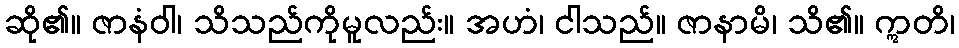
ဆို၏။ ဇာနံဝါ၊ သိသည်ကိုမူလည်း။ အဟံ၊ ငါသည်။ ဇာနာမိ၊ သိ၏။ ဣတိ၊